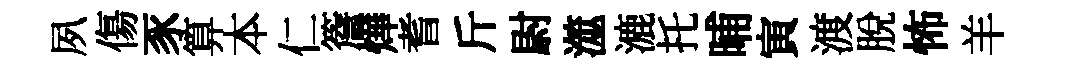
夙傷豕算本仁簷燁耆斤尉澨漉托晡寅渡脱怖羊